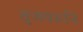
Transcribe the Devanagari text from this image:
तुजवरुनि